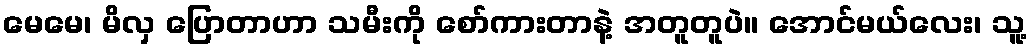
မေမေ၊ မိလှ ပြောတာဟာ သမီးကို စော်ကားတာနဲ့ အတူတူပဲ။ အောင်မယ်လေး၊ သူ့